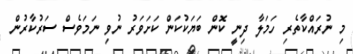
މި ނުރައްކާތެރި ހަމަލާ ދިނީ ކޮން ބަޔަކުކަން ކަށަވަރު ނުވި ނަމަވެސް ސަރުކާރުން